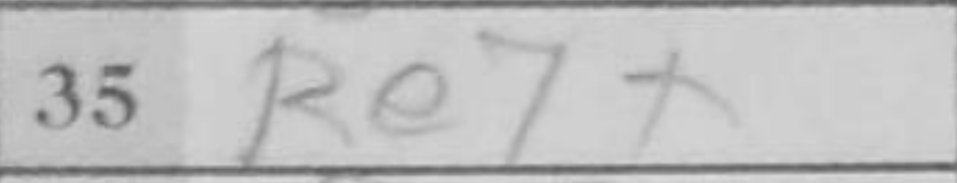
Transcription: Re7+